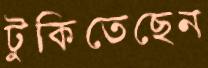
টুকিতেছেন